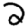
Digit: 2